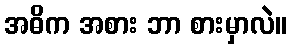
အဓိက အစား ဘာ စားမှာလဲ။